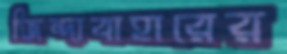
জিন্দাবাহারের